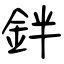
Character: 鉡